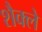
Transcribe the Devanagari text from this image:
शैक्ले